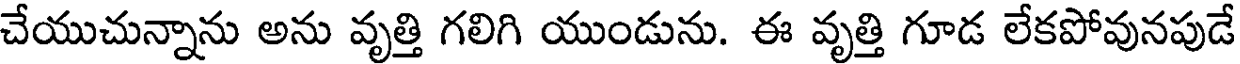
చేయుచున్నాను అను వృత్తి గలిగి యుండును. ఈ వృత్తి గూడ లేకపోవునపుడే